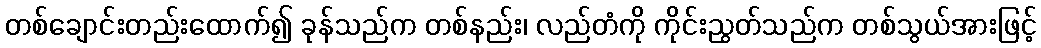
တစ်ချောင်းတည်းထောက်၍ ခုန်သည်က တစ်နည်း၊ လည်တံကို ကိုင်းညွတ်သည်က တစ်သွယ်အားဖြင့်